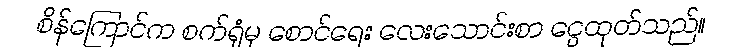
စိန်ကြောင်က စက်ရုံမှ စောင်ရေး လေးသောင်းစာ ငွေထုတ်သည်။